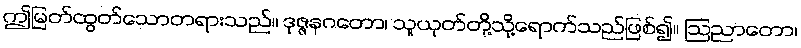
ဤမြတ်ထွတ်သောတရားသည်။ ဒုဇ္ဇနဂတော၊ သူယုတ်တို့သို့ရောက်သည်ဖြစ်၍။ ဩညာတော၊